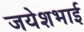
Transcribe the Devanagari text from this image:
जयेशभाई